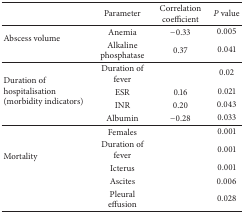
<table><thead><tr><td><b> </b></td><td><b>Parameter</b></td><td><b>Correlation coefficient</b></td><td><b><i>P</i> value</b></td></tr></thead><tbody><tr><td rowspan="2">Abscess volume</td><td>Anemia</td><td>−0.33</td><td>0.005</td></tr><tr><td>Alkaline phosphatase</td><td>0.37</td><td>0.041</td></tr><tr><td rowspan="4">Duration of hospitalisation (morbidity indicators)</td><td>Duration of fever</td><td> </td><td>0.02</td></tr><tr><td>ESR</td><td>0.16</td><td>0.021</td></tr><tr><td>INR</td><td>0.20</td><td>0.043</td></tr><tr><td>Albumin</td><td>−0.28</td><td>0.033</td></tr><tr><td rowspan="5">Mortality</td><td>Females</td><td> </td><td>0.001</td></tr><tr><td>Duration of fever</td><td> </td><td>0.001</td></tr><tr><td>Icterus</td><td> </td><td>0.001</td></tr><tr><td>Ascites</td><td> </td><td>0.006</td></tr><tr><td>Pleural effusion</td><td> </td><td>0.028</td></tr></tbody></table>